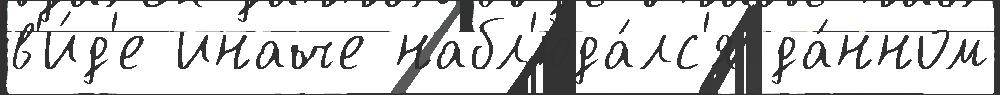
в'и́д'е иначе набл'юда́лс'я да́нном